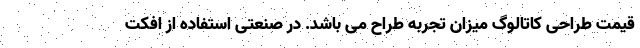
قیمت طراحی کاتالوگ میزان تجربه طراح می باشد. در صنعتی استفاده از افکت